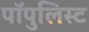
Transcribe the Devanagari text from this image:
पॉपुलिस्ट